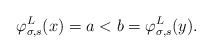
\begin{align*}\varphi^L_{\sigma, s}(x) = a < b = \varphi^L_{\sigma, s}(y).\end{align*}